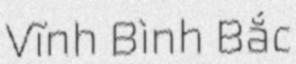
Vĩnh Bình Bắc